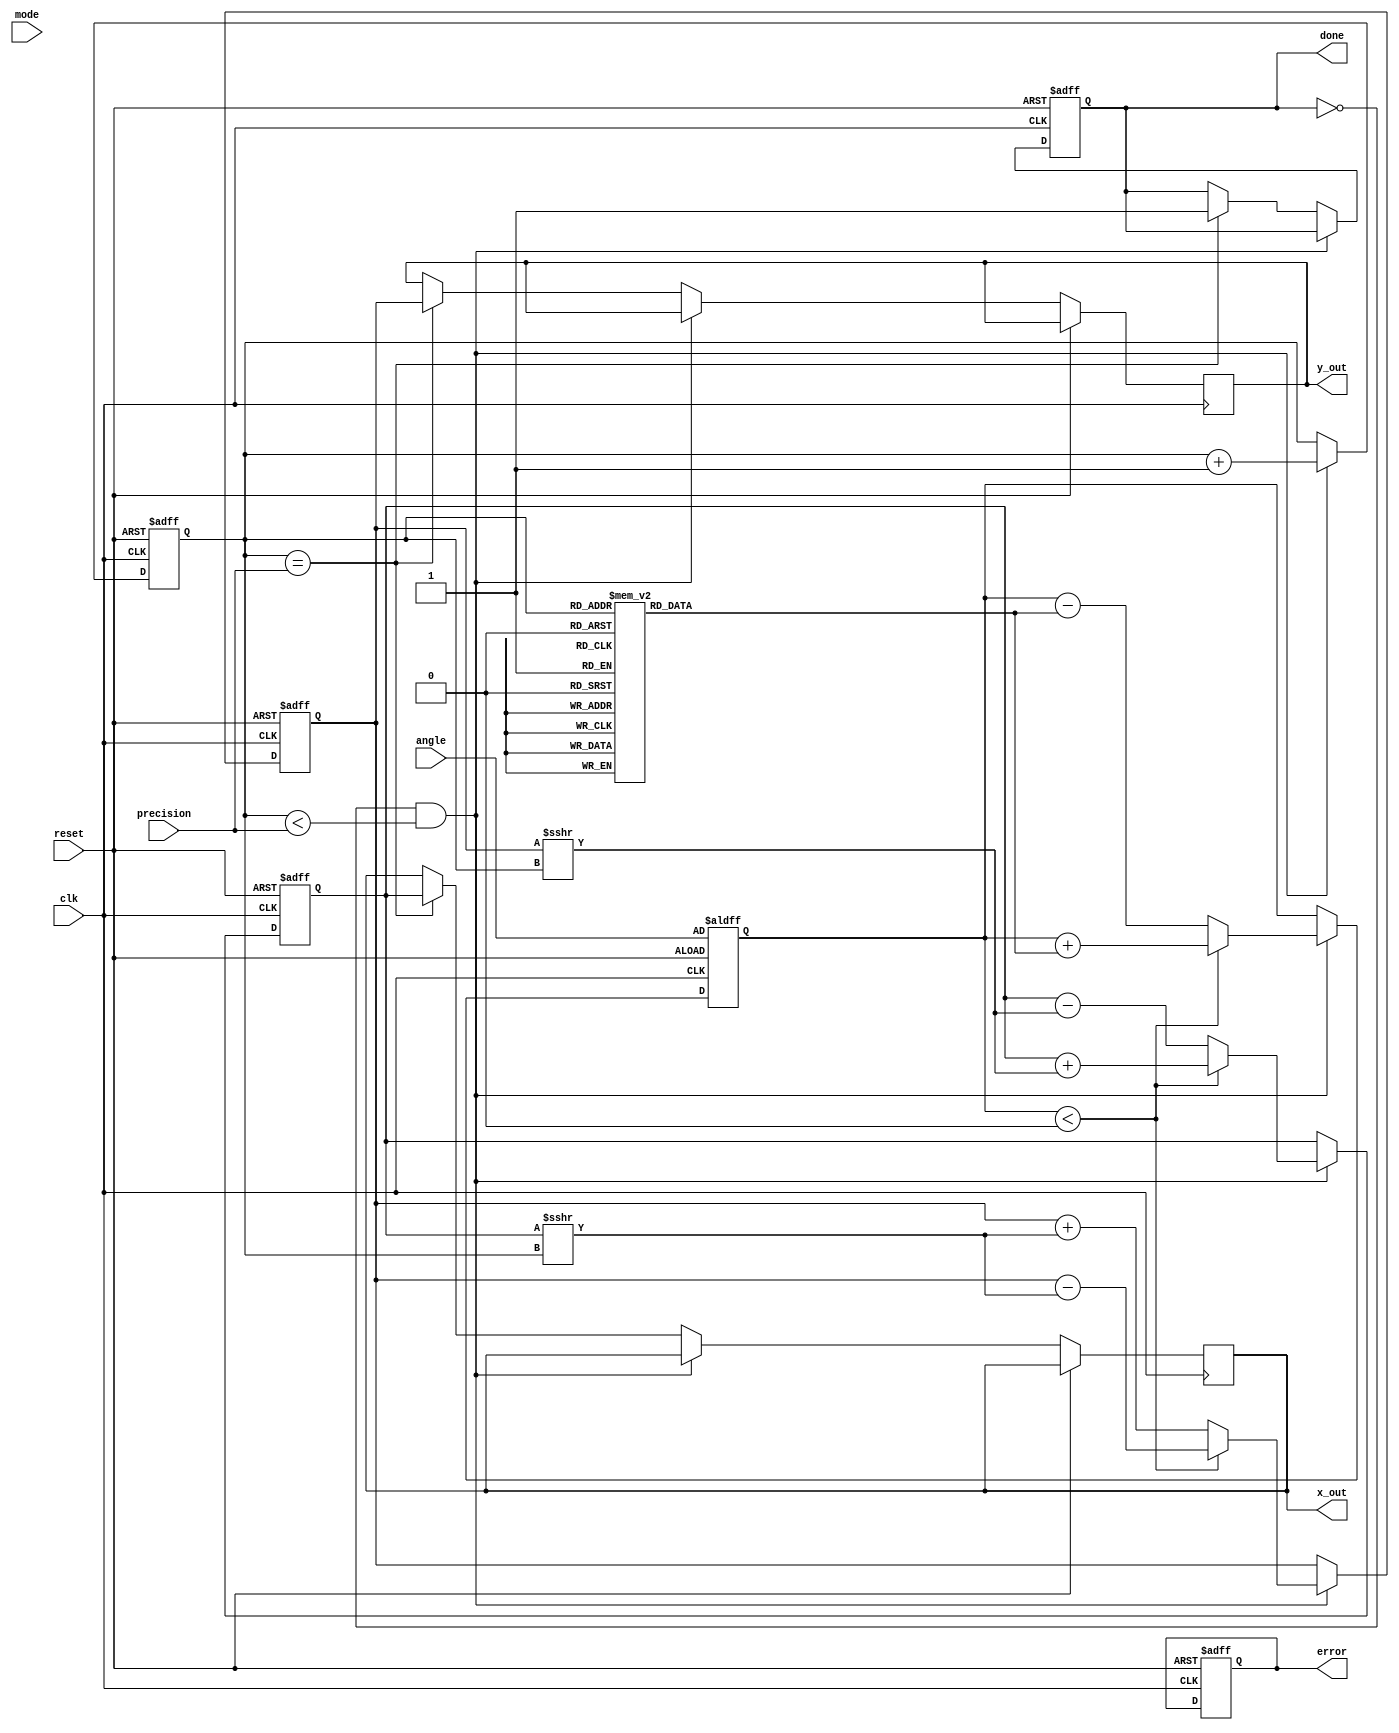
module adaptive_cordic (
    input wire clk,
    input wire reset,
    input wire [15:0] angle, // Fixed-point representation of angle ()
    input wire mode,         // Control signal: 0 for rotation, 1 for vectoring
    input wire [3:0] precision, // Number of iterations (adaptable)
    output reg [15:0] x_out, // Result X
    output reg [15:0] y_out, // Result Y
    output reg done,        // Status flag indicating completion
    output reg error        // Status flag for error indication
);

// Parameters
parameter NUM_ITERATIONS = 16; // Maximum number of iterations
reg [15:0] x, y; // Intermediate results
reg [15:0] z; // Angle accumulator
reg [3:0] iter; // Current iteration counter

// CORDIC Lookup Table (pre-computed arctan values)
reg [15:0] atan_lut[0:NUM_ITERATIONS-1];
initial begin
    // Fill lookup table with pre-computed arctan values (in fixed-point)
    atan_lut[0] = 16'h0000; // arctan(0)
    atan_lut[1] = 16'h3F24; // arctan(1/2^1)
    atan_lut[2] = 16'h3E21; // arctan(1/2^2)
    atan_lut[3] = 16'h3D1C; // arctan(1/2^3)
    // ... Fill in for all required iterations
    atan_lut[15] = 16'h3B6C; // Example value for arctan(1/2^15)
end

// Control unit
always @(posedge clk or posedge reset) begin
    if (reset) begin
        x <= 16'h0000;
        y <= 16'h0000;
        z <= angle; // Load input angle
        iter <= 0;
        done <= 0;
        error <= 0;
    end else if (!done && iter < precision) begin
        // CORDIC Iteration Logic
        if (z < 0) begin
            // Apply rotation/subtraction
            x <= x + (y >>> iter);
            y <= y - (x >>> iter);
            z <= z + atan_lut[iter];
        end else begin
            // Apply rotation/addition
            x <= x - (y >>> iter);
            y <= y + (x >>> iter);
            z <= z - atan_lut[iter];
        end
        iter <= iter + 1; // Increment iteration count
    end else if (iter == precision) begin
        done <= 1; // Set done flag
        x_out <= x; // Output final x value
        y_out <= y; // Output final y value
    end
end

endmodule